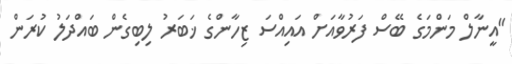
"އީނާލް މަންމަގެ ބޭސް ފަރުވާއަށް އައިއްސަ ޒިހާންގެ ޚަބަރު ލިބިގެން ބައްދަލު ކުރަން